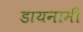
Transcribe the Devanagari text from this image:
डायनामी